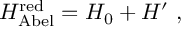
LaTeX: H _ { \mathrm { A b e l } } ^ { \mathrm { r e d } } = H _ { 0 } + H ^ { \prime } ~ ,